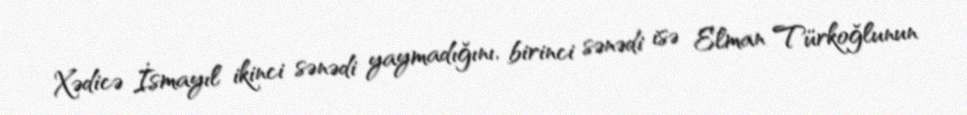
Xədicə İsmayıl ikinci sənədi yaymadığını, birinci sənədi isə Elman Türkoğlunun